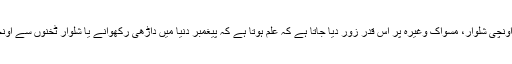
لہٰذا داڑھی کی مقدار، سر کی ٹوپی ، ٹخنوں سے اونچی شلوار، مسواک وغیرہ پر اس قدر زور دیا جاتا ہے کہ علم ہوتا ہے کہ پیغمبر دنیا میں داڑھی رکھوانے یا شلوار ٹخنوں سے اونچی کروانے ہی کے لئے مبعوث کئے گئے تھے۔